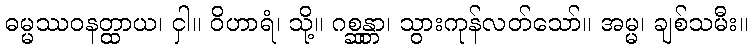
ဓမ္မဿဝနတ္ထာယ၊ ငှါ။ ဝိဟာရံ၊ သို့။ ဂစ္ဆန္တာ၊ သွားကုန်လတ်သော်။ အမ္မ၊ ချစ်သမီး။